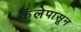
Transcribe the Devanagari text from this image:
कॅलेपासून